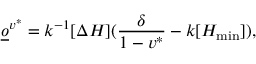
\underline { o } ^ { v ^ { * } } = k ^ { - 1 } [ \Delta H ] ( \frac { \delta } { 1 - v ^ { * } } - k [ H _ { \operatorname* { m i n } } ] ) ,